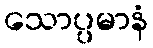
သောပ္ပမာနံ